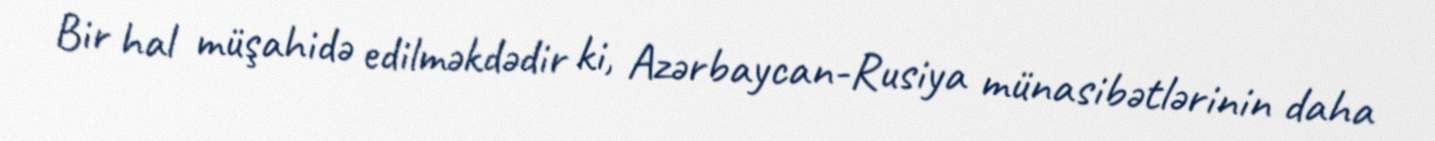
Bir hal müşahidə edilməkdədir ki, Azərbaycan-Rusiya münasibətlərinin daha